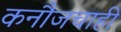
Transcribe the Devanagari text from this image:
कनौजचाही